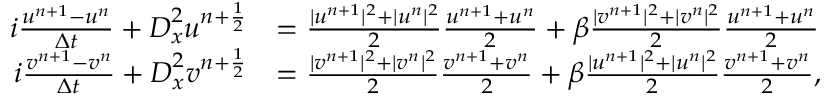
\begin{array} { r l } { i \frac { u ^ { n + 1 } - u ^ { n } } { \Delta t } + \boldsymbol { D } _ { x } ^ { 2 } u ^ { n + \frac { 1 } { 2 } } } & { = \frac { | u ^ { n + 1 } | ^ { 2 } + | u ^ { n } | ^ { 2 } } { 2 } \frac { u ^ { n + 1 } + u ^ { n } } { 2 } + \beta \frac { | v ^ { n + 1 } | ^ { 2 } + | v ^ { n } | ^ { 2 } } { 2 } \frac { u ^ { n + 1 } + u ^ { n } } { 2 } } \\ { i \frac { v ^ { n + 1 } - v ^ { n } } { \Delta t } + \boldsymbol { D } _ { x } ^ { 2 } v ^ { n + \frac { 1 } { 2 } } } & { = \frac { | v ^ { n + 1 } | ^ { 2 } + | v ^ { n } | ^ { 2 } } { 2 } \frac { v ^ { n + 1 } + v ^ { n } } { 2 } + \beta \frac { | u ^ { n + 1 } | ^ { 2 } + | u ^ { n } | ^ { 2 } } { 2 } \frac { v ^ { n + 1 } + v ^ { n } } { 2 } , } \end{array}